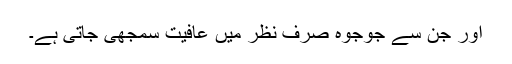
اور جن سے جوجوہ صرف نظر میں عافیت سمجھی جاتی ہے۔